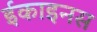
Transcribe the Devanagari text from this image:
ईकाइनस